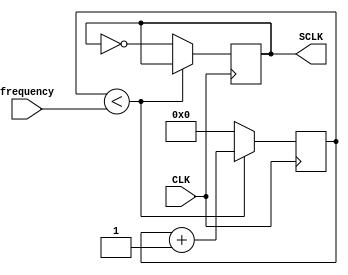
`timescale 1ns / 1ps

//Module changes frequency based on the button pressed to play a note
module s_CLK(
    input CLK,
    input [28:0] frequency,
    output reg SCLK = 0
    );
    
    reg [28:0] count = 0;
    
    always@(posedge CLK) begin
        if(count<frequency) begin
            count<=count+1;
            end
        else begin
            count<=0;
            SCLK<=!SCLK;
            end      
    end
endmodule